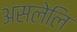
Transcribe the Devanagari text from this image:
असलेलि